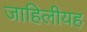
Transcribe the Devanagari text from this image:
जाहिलीयह